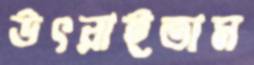
উৎরাইতাম